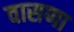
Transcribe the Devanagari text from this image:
वासणा